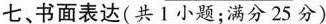
七、书面表达(共1小题；满分25分)